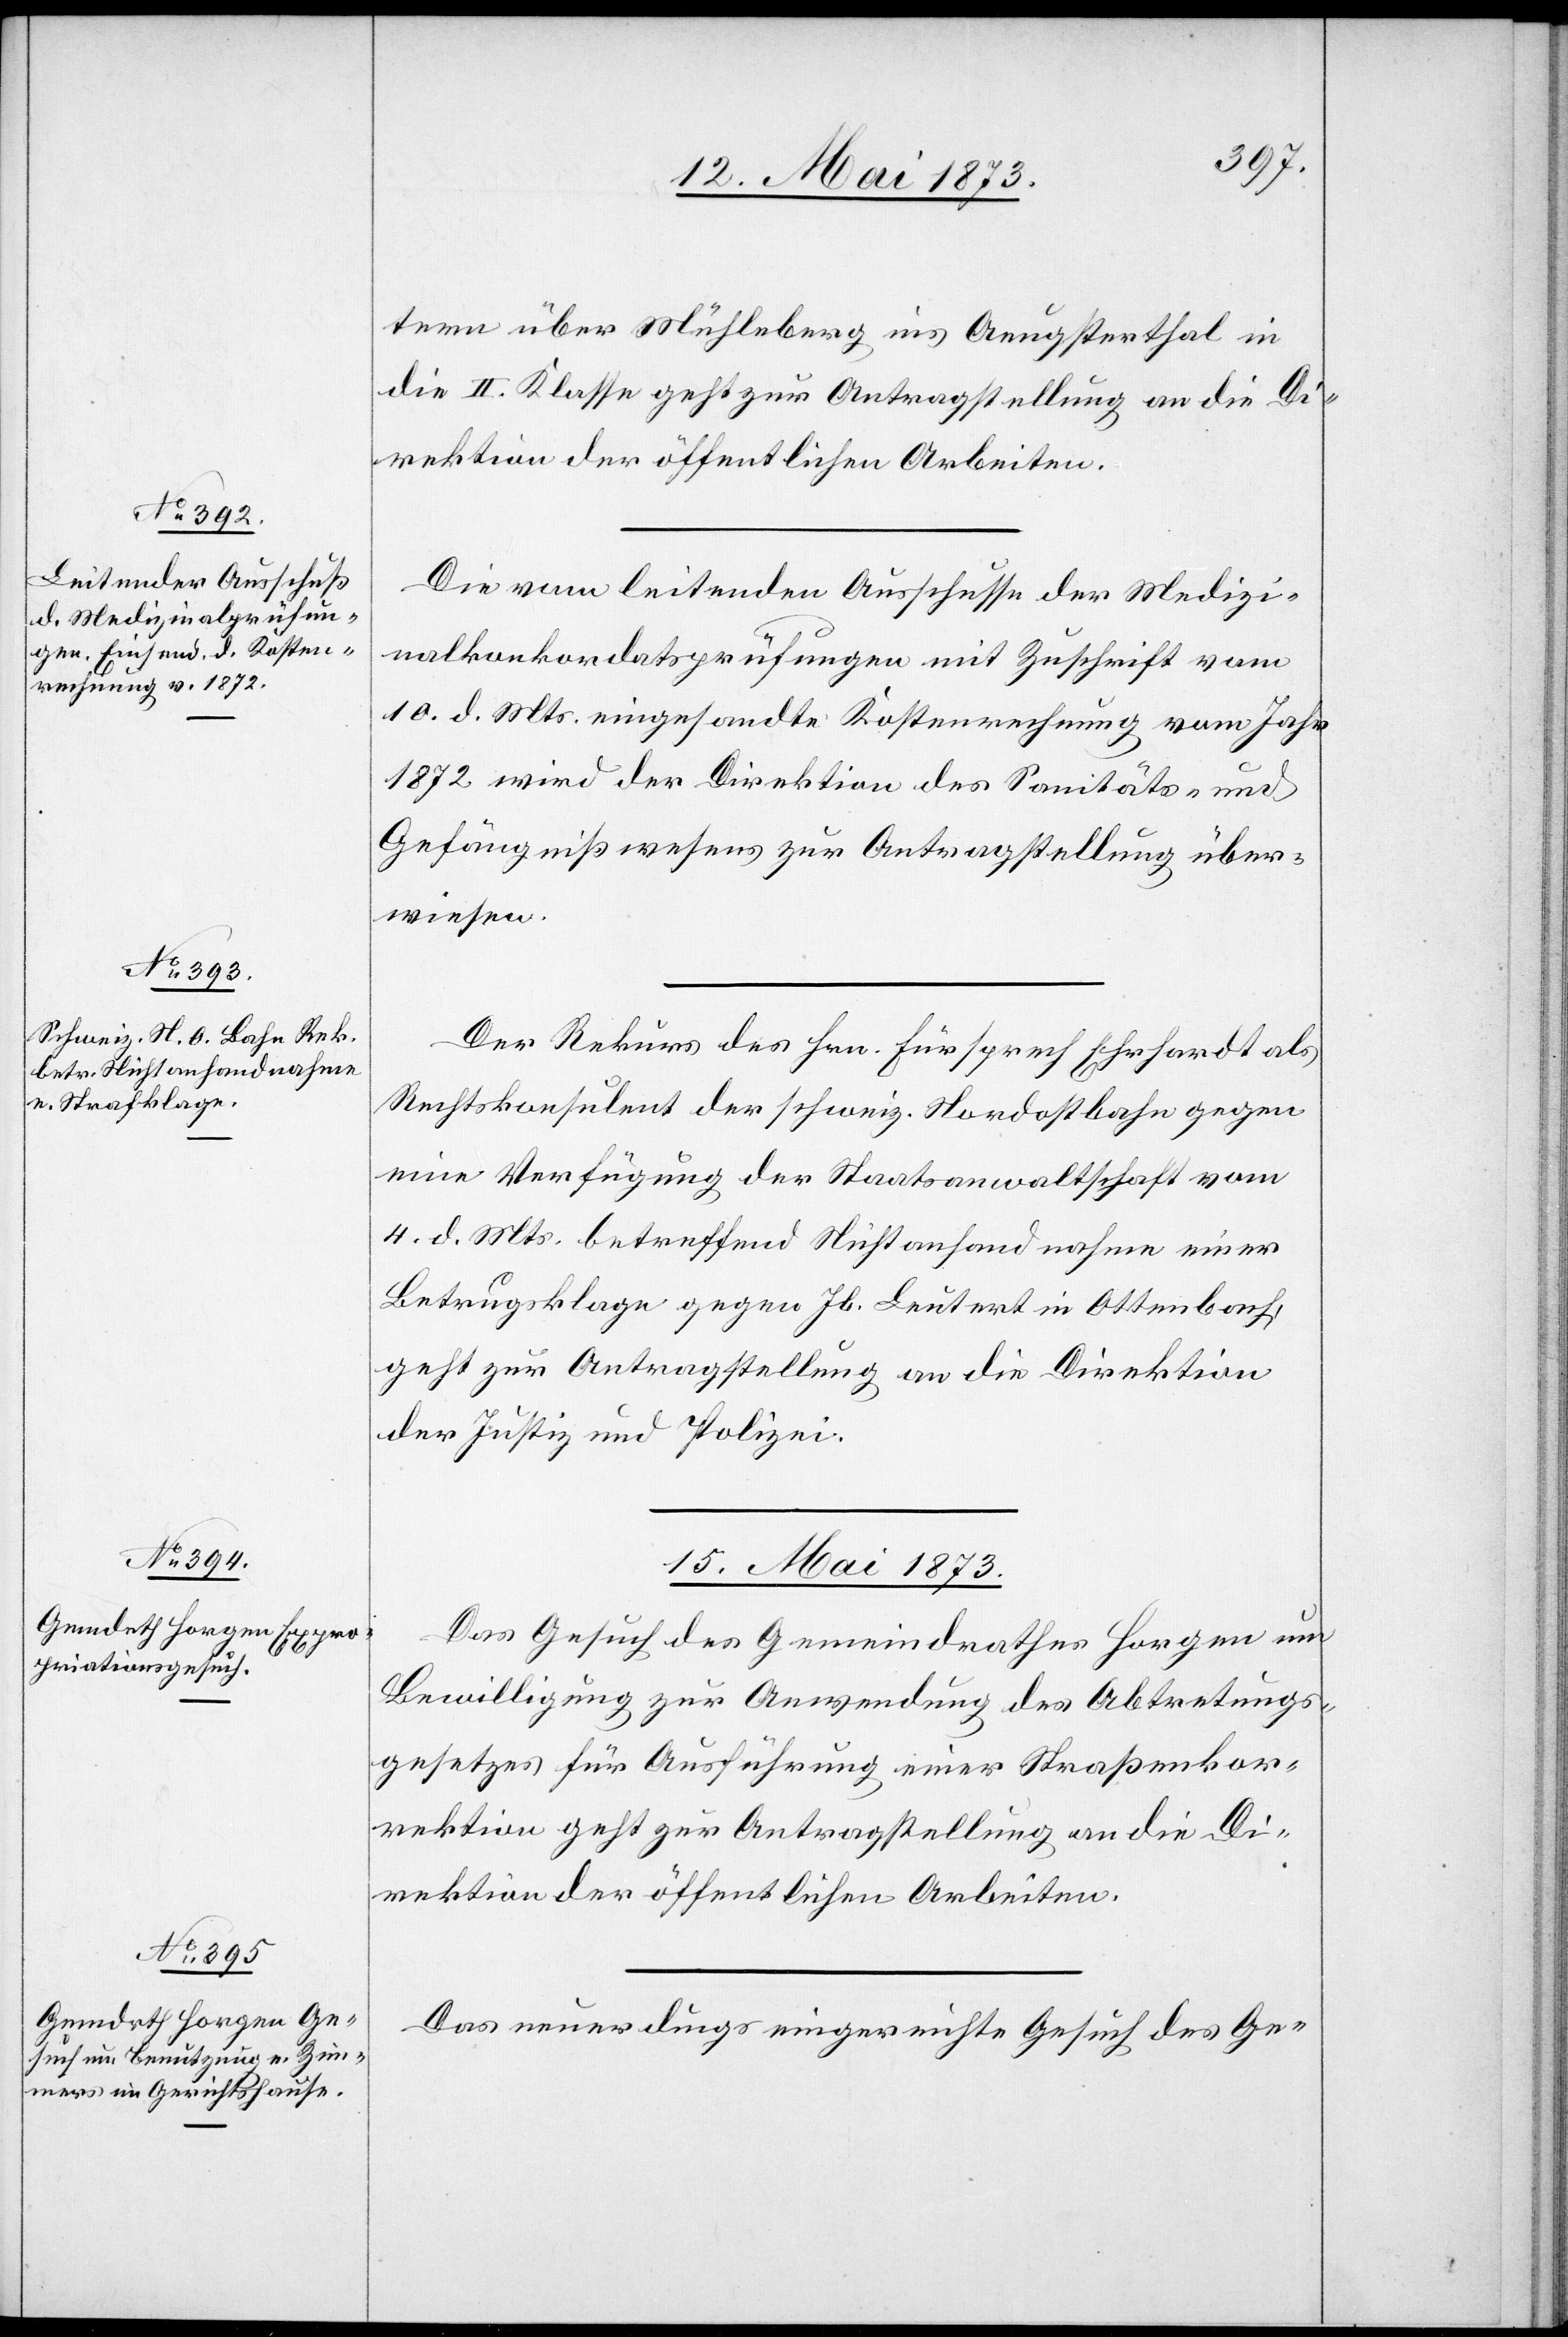
14. Mai 1873.]
tern über Mühleberg ins Aeugsterthal in
die II. Klasse geht zur Antragstellung an die Di¬
rektion der öffentlichen Arbeiten.
Die vom leitenden Ausschusse der Medizi¬
nalkonkordatsprüfungen mit Zuschrift vom
10. d. Mts. eingesandte Kostenrechnung vom Jahr
1872 wird der Direktion des Sanitäts- und
Gefängnißwesens zur Antragstellung über¬
wiesen.
Der Rekurs des Hrn. Fürsprech Ehrhardt als
Rechtskonsulent der schweiz. Nordostbahn gegen
eine Verfügung der Staatsanwaltschaft vom
4. d. Mts. betreffend Nichtanhandnahme einer
Betrugsklage gegen Jb. Leutert in Ottenbach,
geht zur Antragstellung an die Direktion
der Justiz und Polizei.
15. Mai 1873.]
Das Gesuch des Gemeindrathes Horgen um
Bewilligung zur Anwendung des Abtretungs¬
gesetzes für Ausführung einer Straßenkor¬
rektion geht zur Antragstellung an die Di¬
rektion der öffentlichen Arbeiten.
Das neuerdings eingereichte Gesuch des Ge-